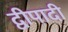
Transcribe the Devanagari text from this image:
द्वीपादी